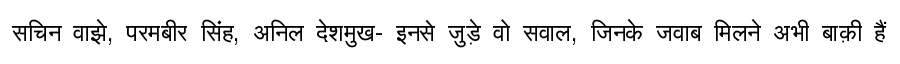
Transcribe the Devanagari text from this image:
सचिन वाझे, परमबीर सिंह, अनिल देशमुख- इनसे जुड़े वो सवाल, जिनके जवाब मिलने अभी बाक़ी हैं